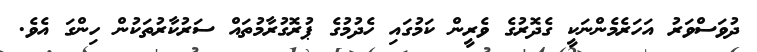
ދުވަސްވަރު އަހަރެމެންނަކީ ގެދޮރުގެ ވެރީން ކަމުގައި ހެދުމުގެ ޕުރޮގުރާމުތައް ސަރުކާރުތަކުން ހިންގަ އެވެ.